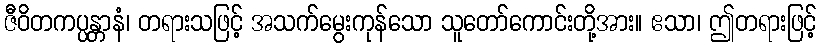
ဇီဝိတကပ္ပန္တာနံ၊ တရားသဖြင့် အသက်မွေးကုန်သော သူတော်ကောင်းတို့အား။ ဧသာ၊ ဤတရားဖြင့်